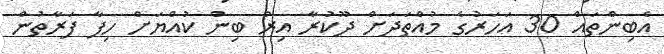
އެބިންތައް 30 އަހަރުގެ މުއްތަދަށް ދޫކުރާ އިރު ބިން ކުއްޔަށް ހިފާ ފަރާތުން